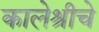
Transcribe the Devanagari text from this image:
कालेश्रीचे